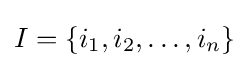
I=\{i_{1},i_{2},\ldots ,i_{n}\}